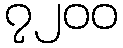
၇၂၀၀